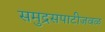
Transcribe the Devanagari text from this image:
समुद्रसपाटीजवळ